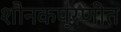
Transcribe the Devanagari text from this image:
शौनकप्रणीत